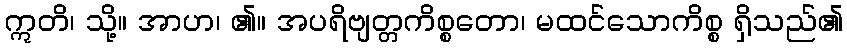
ဣတိ၊ သို့။ အာဟ၊ ၏။ အပရိဗျတ္တကိစ္စတော၊ မထင်သောကိစ္စ ရှိသည်၏